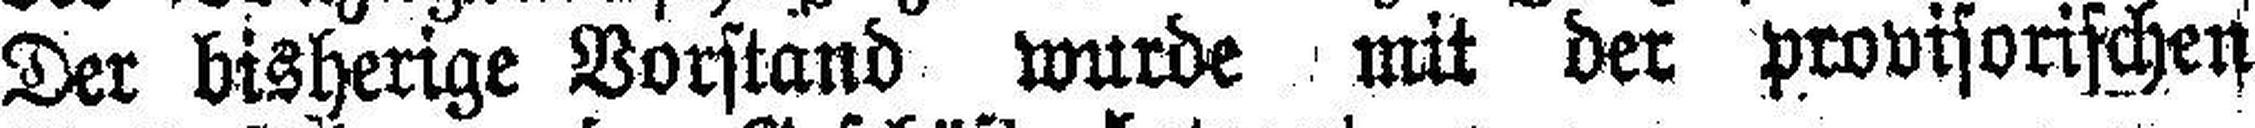
Der bisherige Vorstand wurde mit der provisorischen